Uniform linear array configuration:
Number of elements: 64
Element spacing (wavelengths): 0.5
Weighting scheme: cosine
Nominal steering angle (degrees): -60
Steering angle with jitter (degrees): -59.94
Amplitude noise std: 0.05
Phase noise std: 0.05

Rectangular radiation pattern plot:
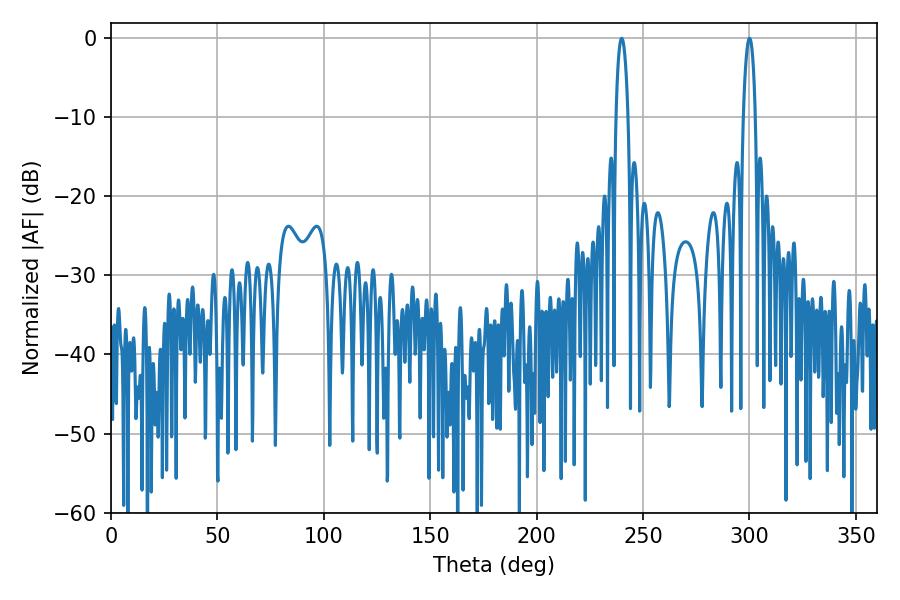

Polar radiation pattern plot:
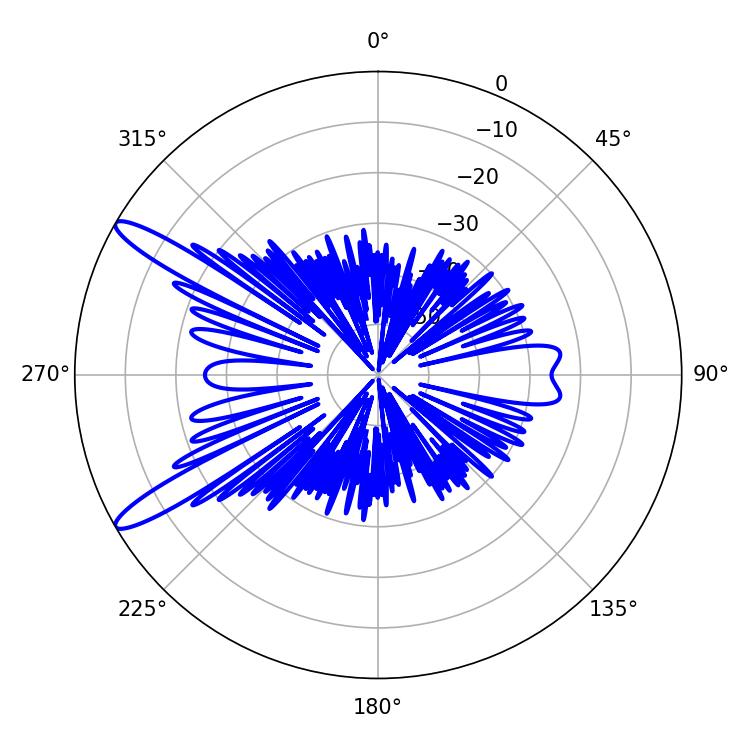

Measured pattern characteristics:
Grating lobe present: FALSE
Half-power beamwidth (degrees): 3.06
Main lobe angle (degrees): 239.94